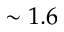
\sim 1 . 6